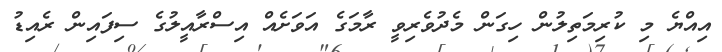
އިއްޔެ މި ކުރިމަތިލުން ހިގަން މެދުވެރިވީ ރާމަގެ އަވަށެއް އިސްރާއީލުގެ ސިފައިން ރެއިޑު